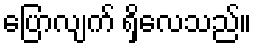
ပြောလျက် ရှိလေသည်။